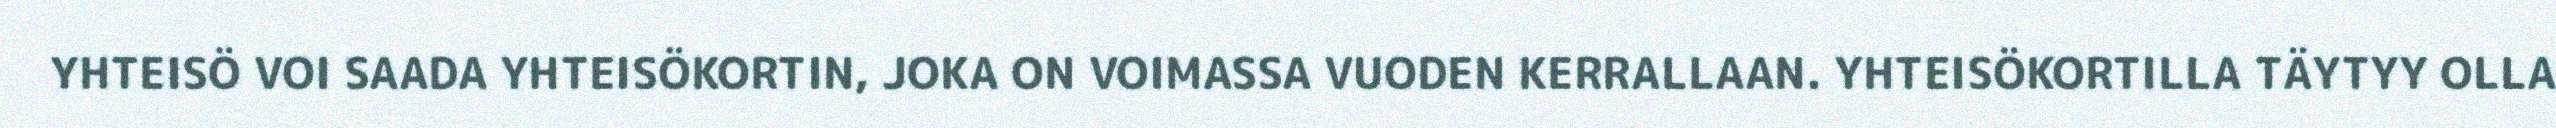
YHTEISÖ VOI SAADA YHTEISÖKORTIN, JOKA ON VOIMASSA VUODEN KERRALLAAN. YHTEISÖKORTILLA TÄYTYY OLLA